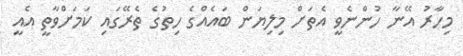
މިހާރު އޭނާ ހުންނެވީ އެތަށް މިލިޔަން ބައެއްގެ ހިތުގެ ތެރޭގައި ކަމަށްވާތީ އެއީ